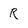
Character: R